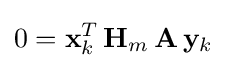
0=\mathbf {x} _{k}^{T}\,\mathbf {H} _{m}\,\mathbf {A} \,\mathbf {y} _{k}